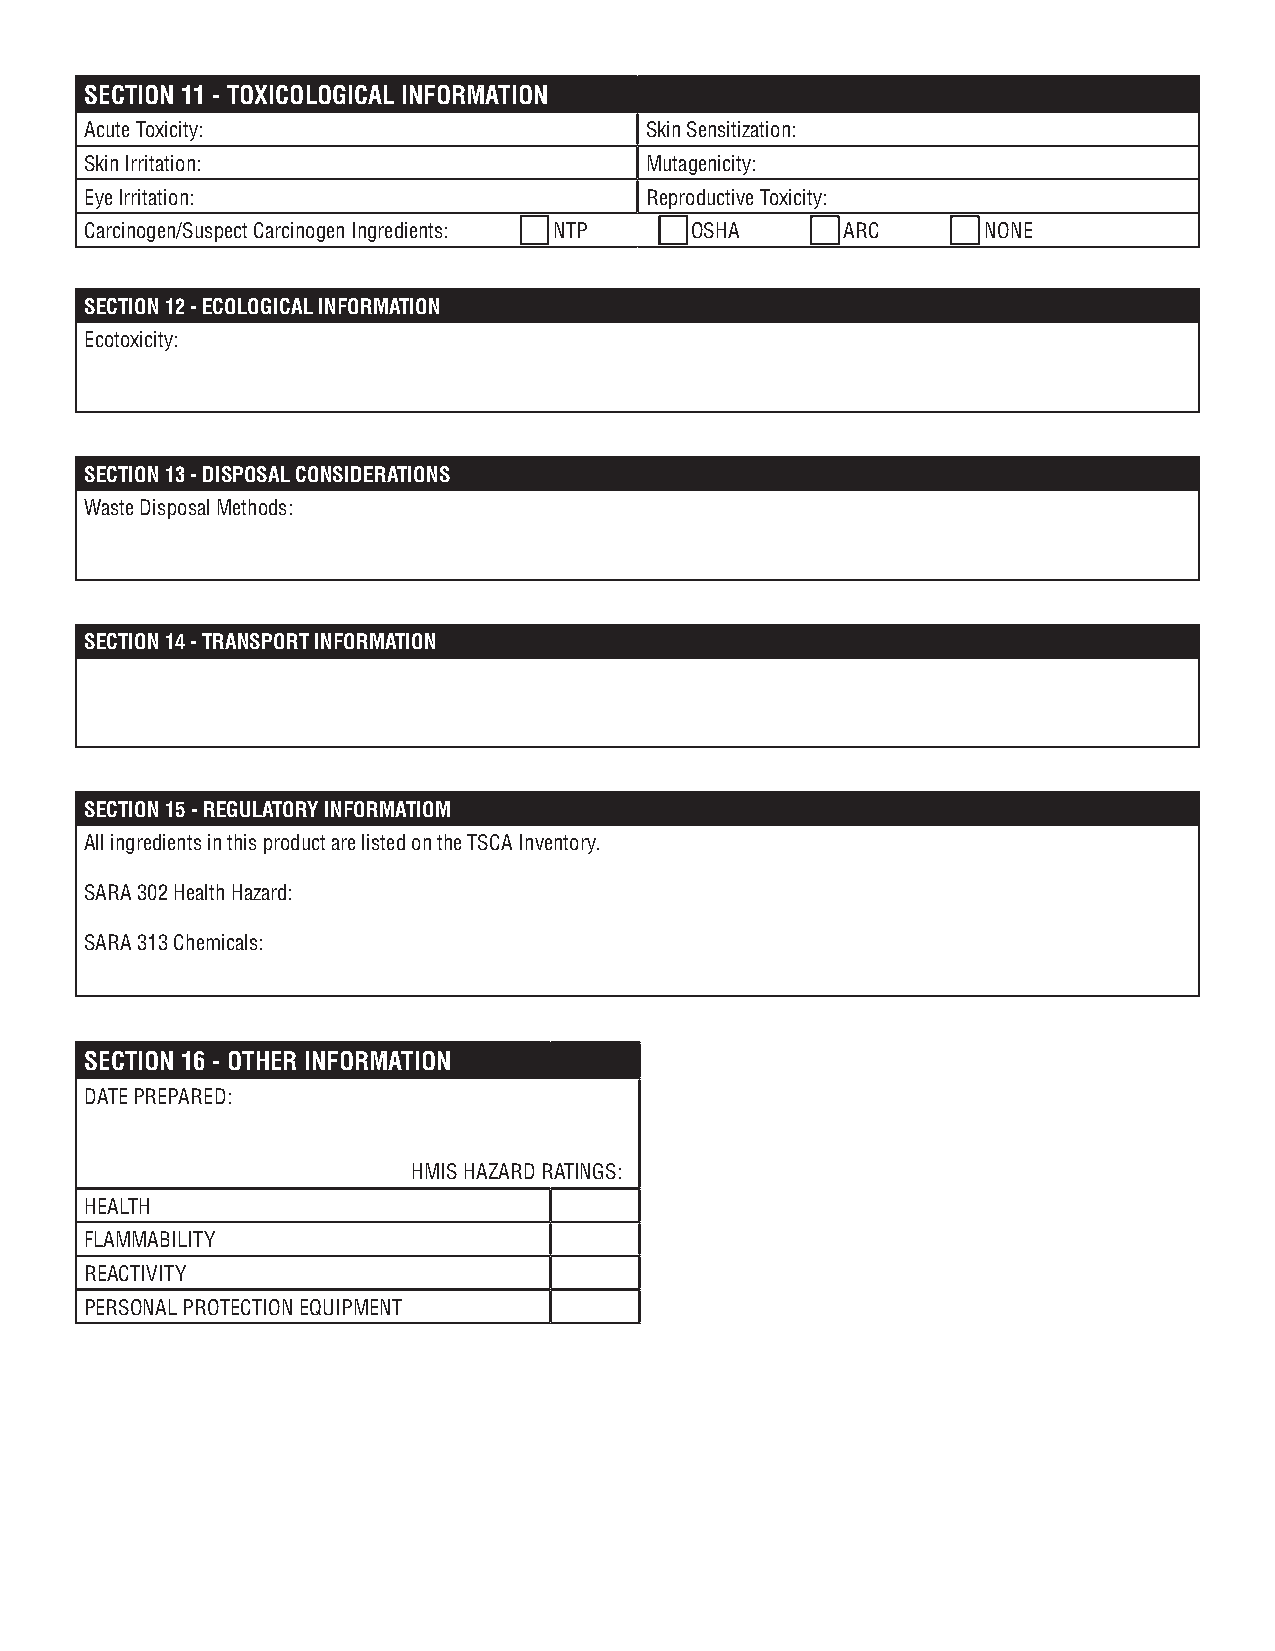
SECTION 11 - TOXICOLOGICAL INFORMATION
 Acute Toxicity:                      Skin Sensitization:
 Skin Irritation:                     Mutagenicity:
 Eye Irritation:                      Reproductive Toxicity:
 Carcinogen/Suspect Carcinogen Ingredients: NTP OSHA ARC    NONE
 SECTION 12 - ECOLOGICAL INFORMATION
 Ecotoxicity:
 SECTION 13 - DISPOSAL CONSIDERATIONS
 Waste Disposal Methods:
 SECTION 14 - TRANSPORT INFORMATION
 SECTION 15 - REGULATORY INFORMATIOM
 All ingredients in this product are listed on the TSCA Inventory.
 SARA 302 Health Hazard:
 SARA 313 Chemicals:
 SECTION 16 - OTHER INFORMATION
 DATE PREPARED:
 HMIS HAZARD RATINGS:
 HEALTH
 FLAMMABILITY
 REACTIVITY
 PERSONAL PROTECTION EQUIPMENT